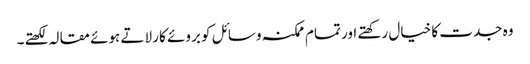
وہ جدت کا خیال رکھتے اور تمام ممکنہ وسائل کو بروئے کار لاتے ہوئے مقالہ لکھتے۔